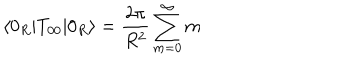
\langle 0 _ { R } | T _ { 0 0 } | 0 _ { R } \rangle = { \frac { 2 \pi } { R ^ { 2 } } } \sum _ { m = 0 } ^ { \infty } m